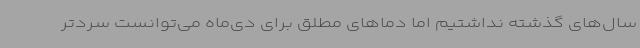
سال‌های گذشته نداشتیم اما دماهای مطلق برای دی‌ماه می‌توانست سردتر